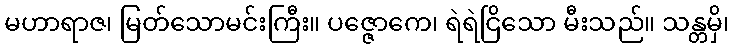
မဟာရာဇ၊ မြတ်သောမင်းကြီး။ ပဇ္ဇောကေ၊ ရဲရဲငြိသော မီးသည်။ သန္တမှိ၊